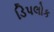
ડિપલોક